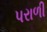
પરાળી